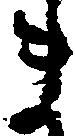
ま